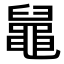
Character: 𪓢